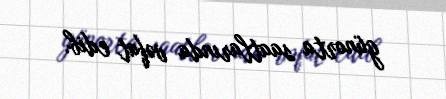
günorta saatlarında vəfat edib.